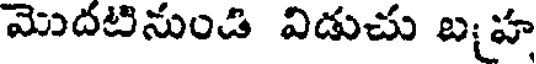
మొదటినుండి విడుచు బహ